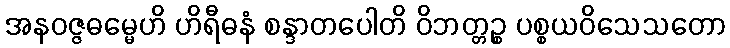
အနဝဇ္ဇဓမ္မေဟိ ဟိရီဓနံ စန္ဒာတပေါတိ ဝိဘတ္တဉ္စ ပစ္စယဝိသေသတော